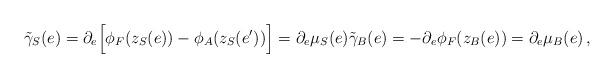
LaTeX: \begin{align*}\tilde\gamma_{S}(e)=\partial_{e} \Big[ \phi_{F}(z_{S}(e)) - \phi_{A}(z_{S}(e')) \Big] =\partial_{e} \mu_{S}(e)\tilde\gamma_{B}(e)=-\partial_{e} \phi_{F}(z_{B}(e)) = \partial_{e} \mu_{B}(e)\,,\end{align*}